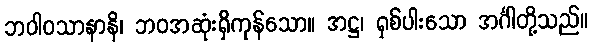
ဘဝါဝသာနာနိ၊ ဘဝအဆုံးရှိကုန်သော။ အဋ္ဌ၊ ရှစ်ပါးသော အင်္ဂါတို့သည်။